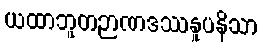
ယထာဘူတဉာဏဒဿနူပနိသာ